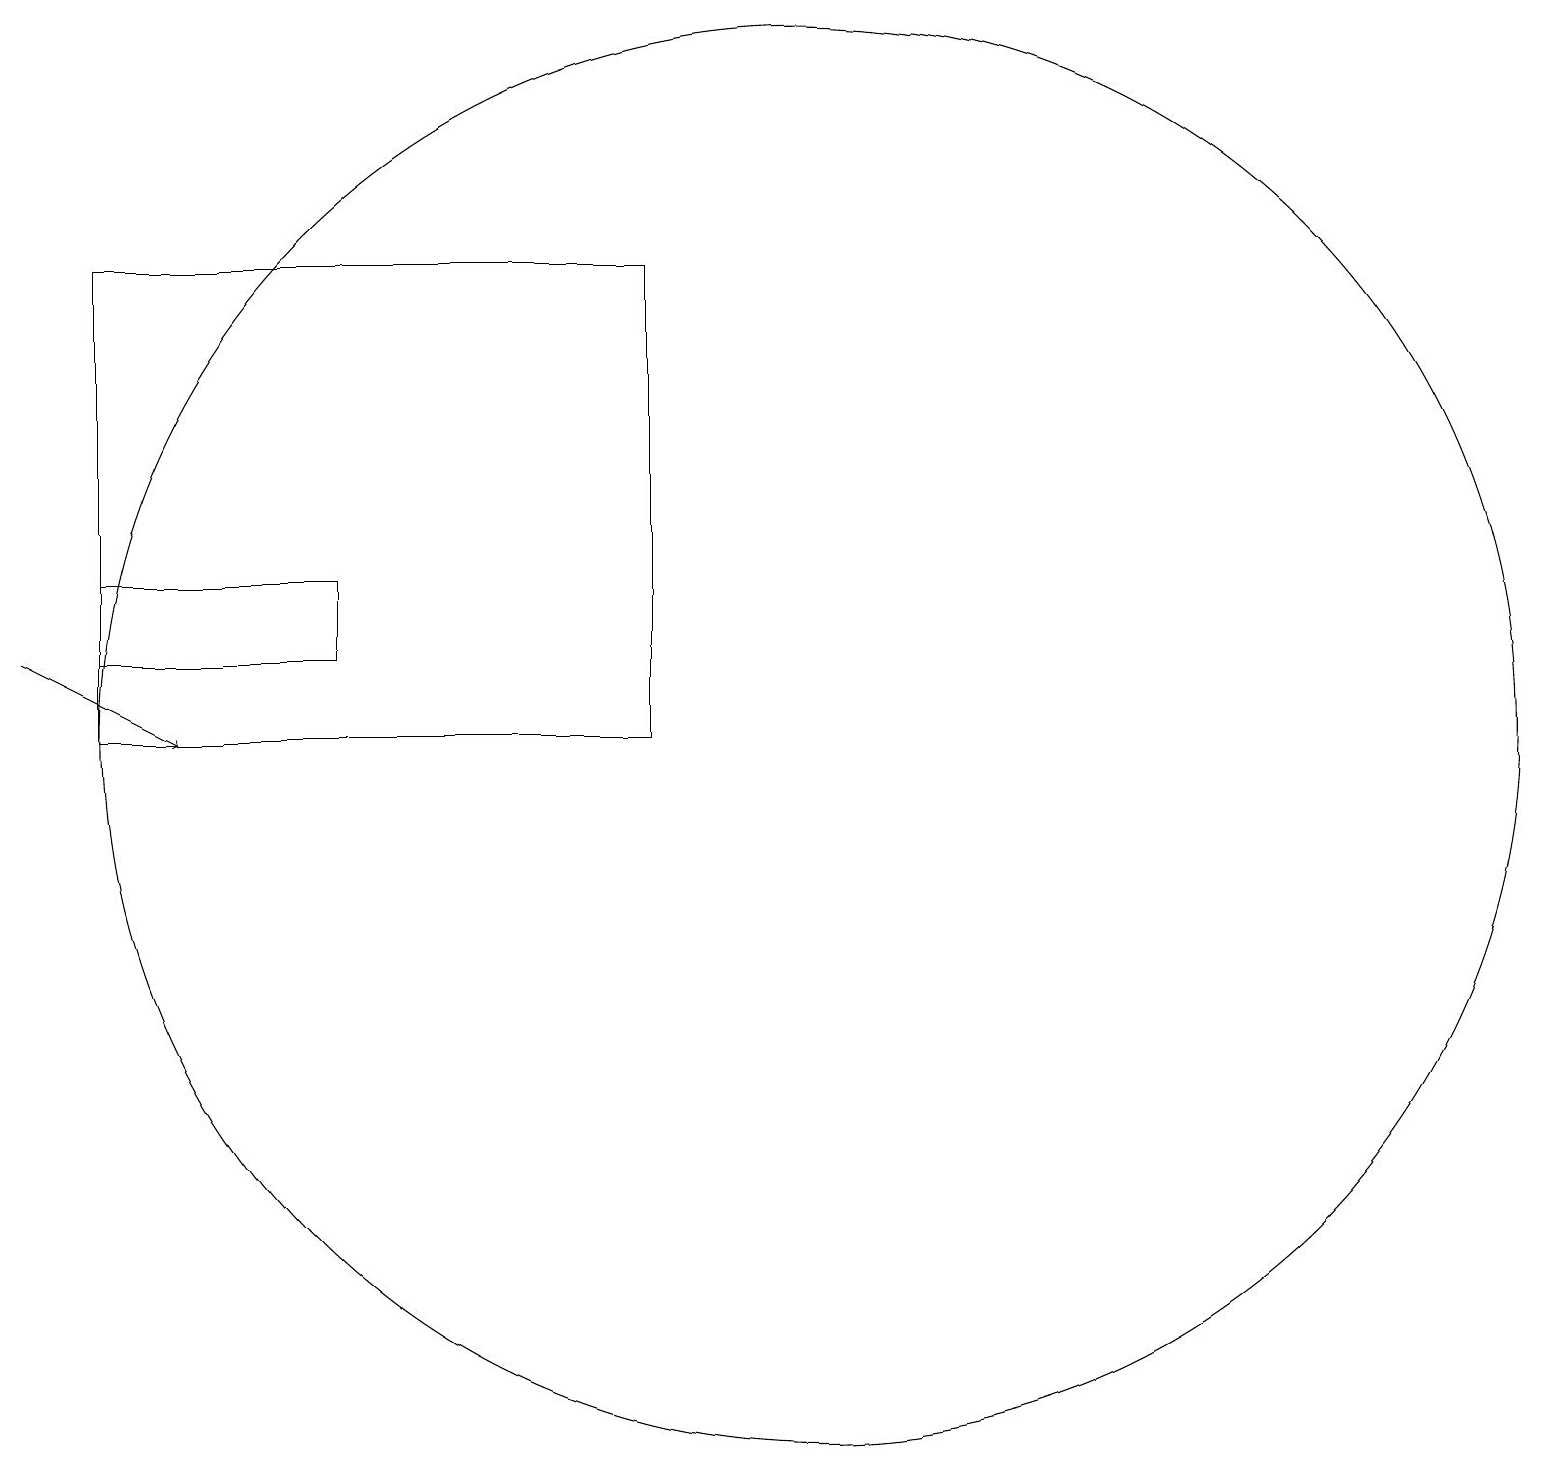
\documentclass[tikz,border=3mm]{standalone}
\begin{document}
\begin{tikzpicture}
\draw[->] (1,11) -- (3,10);
\draw (11,10) circle (9);
\draw (2,12) rectangle (5,11);
\draw (2,10) rectangle (9,16);
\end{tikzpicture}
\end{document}